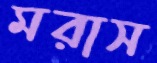
মরাস